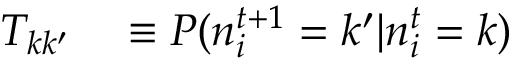
\begin{array} { r l } { T _ { k k ^ { \prime } } } & { { } \equiv P ( n _ { i } ^ { t + 1 } = k ^ { \prime } | n _ { i } ^ { t } = k ) } \end{array}